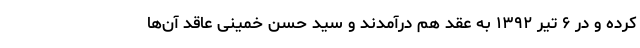
کرده و در ۶ تیر ۱۳۹۲ به عقد هم درآمدند و سید حسن خمینی عاقد آن‌ها